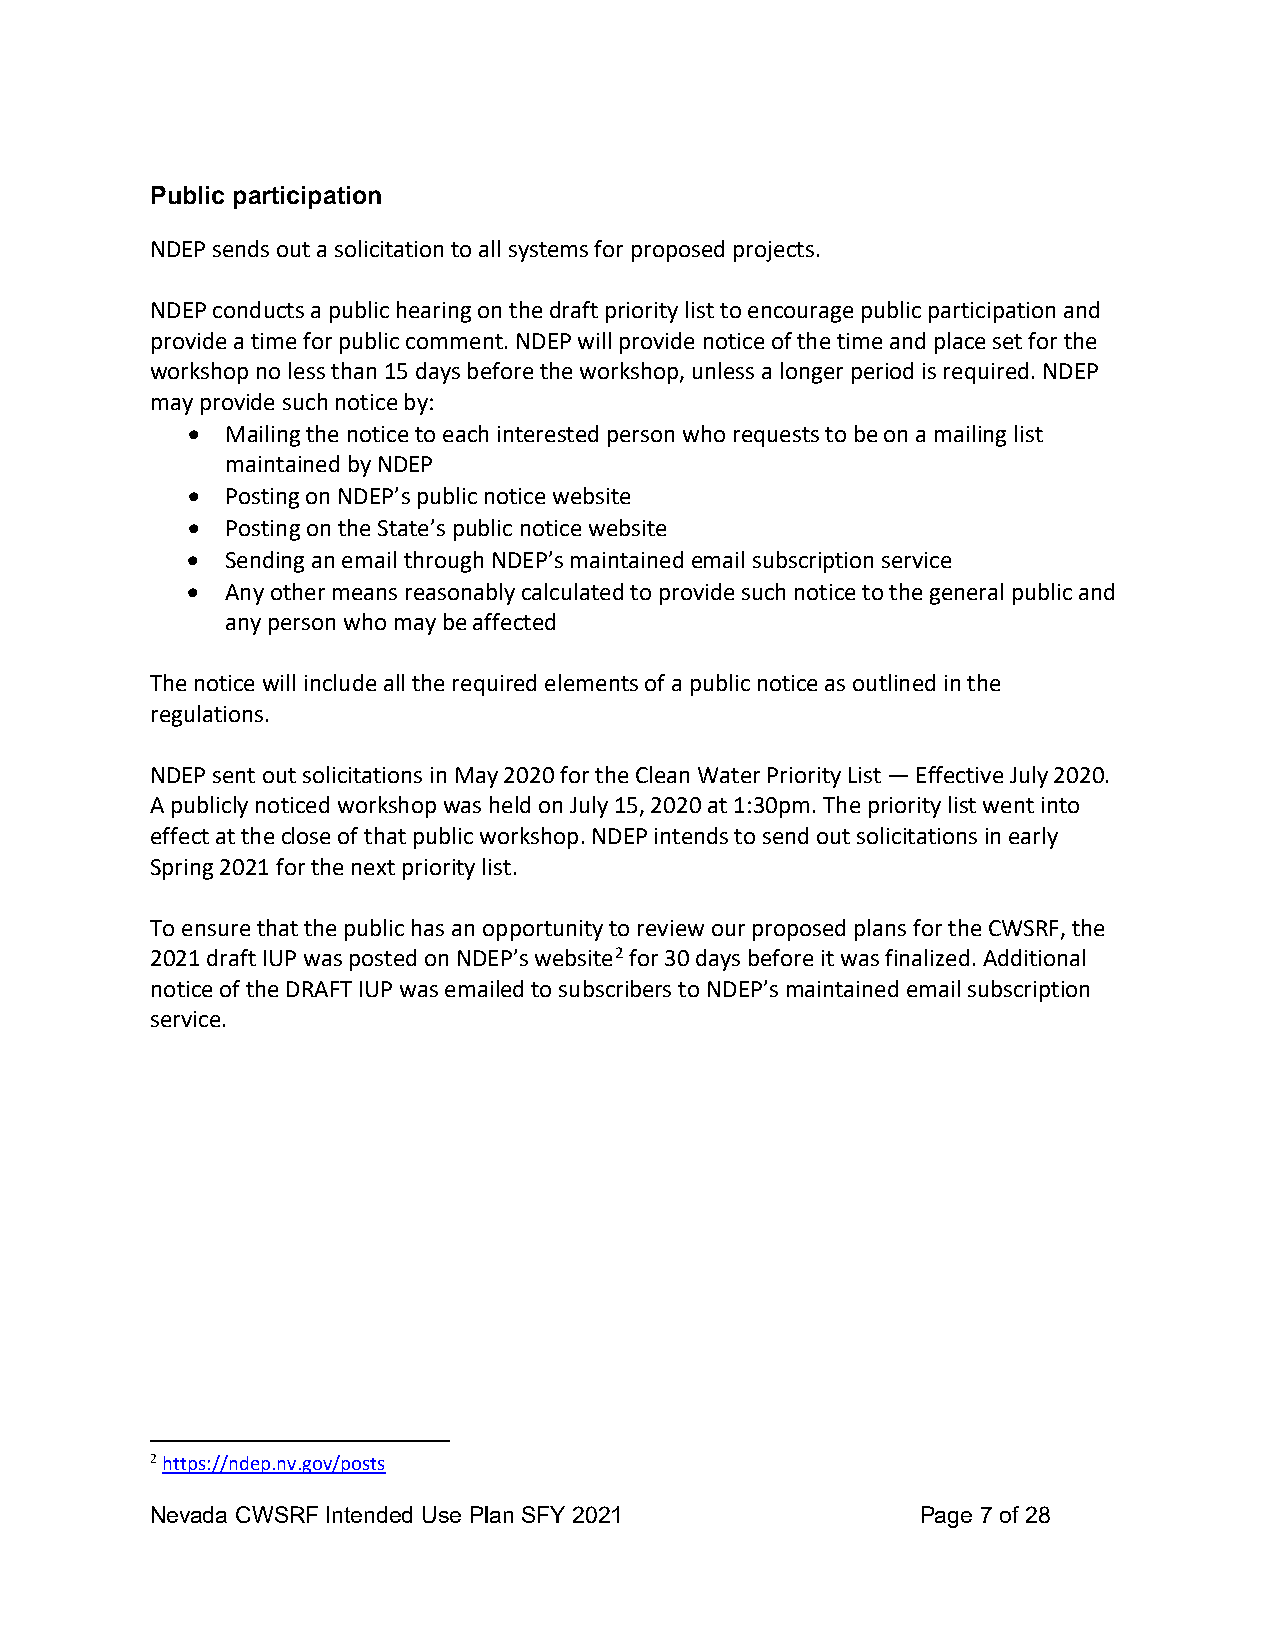
Public participation
 NDEP sends out a solicitation to all systems for proposed projects.
 NDEP conducts a public hearing on the draft priority list to encourage public participation and
 provide a time for public comment. NDEP will provide notice of the time and place set for the
 workshop no less than 15 days before the workshop, unless a longer period is required. NDEP
 may provide such notice by:
 •  Mailing the notice to each interested person who requests to be on a mailing list
 maintained by NDEP
 •  Posting on NDEP’s public notice website
 •  Posting on the State’s public notice website
 •  Sending an email through NDEP’s maintained email subscription service
 •  Any other means reasonably calculated to provide such notice to the general public and
 any person who may be affected
 The notice will include all the required elements of a public notice as outlined in the
 regulations.
 NDEP sent out solicitations in May 2020 for the Clean Water Priority List — Effective July 2020.
 A publicly noticed workshop was held on July 15, 2020 at 1:30pm. The priority list went into
 effect at the close of that public workshop. NDEP intends to send out solicitations in early
 Spring 2021 for the next priority list.
 To ensure that the public has an opportunity to review our proposed plans for the CWSRF, the
 2021 draft IUP was posted on NDEP’s website2 for 30 days before it was finalized. Additional
 notice of the DRAFT IUP was emailed to subscribers to NDEP’s maintained email subscription
 service.
 2 https://ndep.nv.gov/posts
 Nevada CWSRF Intended Use Plan SFY 2021            Page 7 of 28